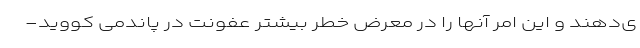
ی‌دهند و این امر آنها را در معرض خطر بیشتر عفونت در پاندمی کووید-